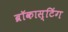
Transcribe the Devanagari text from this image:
ब्रॉकास्टिंग